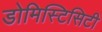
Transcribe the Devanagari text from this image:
डोमिस्टिसिटी